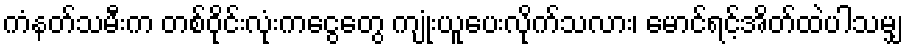
ကံနတ်သမီးက တစ်ဝိုင်းလုံးကငွေတွေ ကျုံးယူပေးလိုက်သလား၊ မောင်ရင့်အိတ်ထဲပါသမျှ